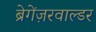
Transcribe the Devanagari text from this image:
ब्रेगेंज़रवाल्डर